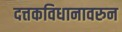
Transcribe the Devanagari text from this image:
दत्तकविधानावरुन